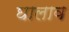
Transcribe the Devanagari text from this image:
घालाव